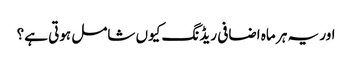
اور یہ ہر ماہ اضافی ریڈنگ کیوں شامل ہوتی ہے؟